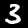
Label: 3